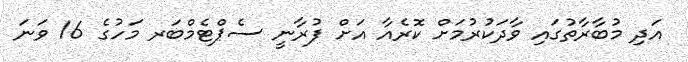
އަދި މުބާރާތުގައި ވާދަކުރުމަށް ކޮރެއާ އަށް ފުރާނީ ސެޕްޓެމްބަރ މަހުގެ 16 ވަނަ